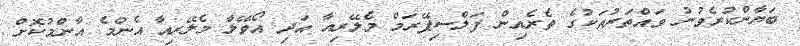
ބަޔާންކުރެވުނު ވައްތަރުތަކުގެ ތެރެއިން ފަލްސިޕޭރަމް މެލޭރިއާ އަދި އޯވޭލް މެލޭރިއާ އެންމެ އާންމުކޮށް